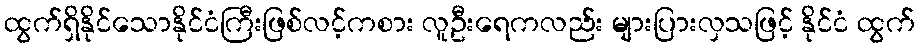
ထွက်ရှိနိုင်သောနိုင်ငံကြီးဖြစ်လင့်ကစား လူဦးရေကလည်း များပြားလှသဖြင့် နိုင်ငံ ထွက်